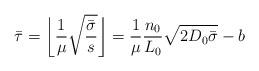
LaTeX: \begin{align*}\bar\tau=\bigg\lfloor\frac{1}{\mu}\sqrt{\frac{\bar\sigma}{s}}\bigg\rfloor=\frac{1}{\mu}\frac{n_0}{L_0}\sqrt{2D_0\bar\sigma}-b\end{align*}